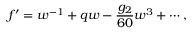
f ^ { \prime } = w ^ { - 1 } + q w - \frac { g _ { 2 } } { 6 0 } w ^ { 3 } + \cdots ,